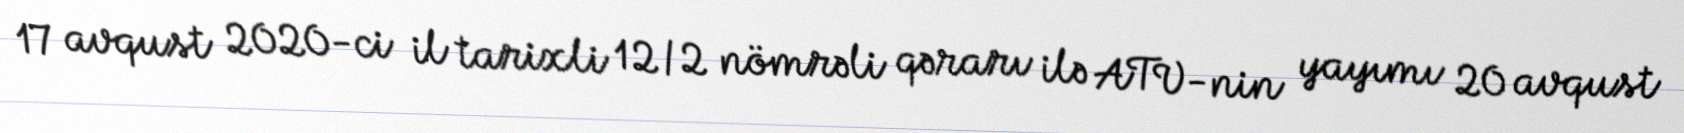
17 avqust 2020-ci il tarixli 12/2 nömrəli qərarı ilə ATV-nin yayımı 20 avqust